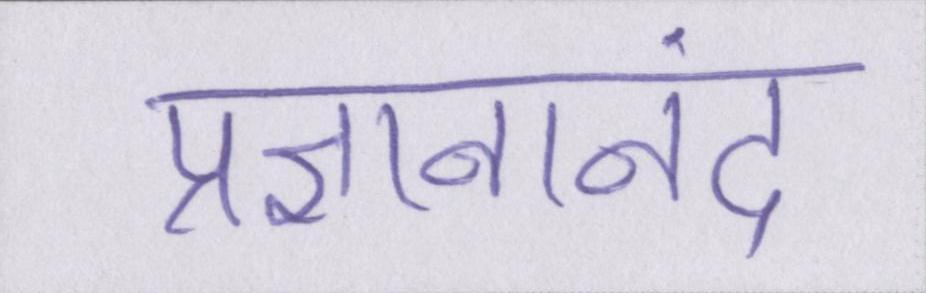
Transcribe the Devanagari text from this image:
प्रज्ञनानंद